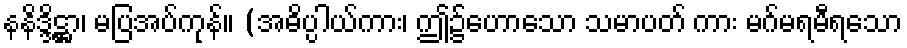
နနိဒ္ဒိဋ္ဌာ၊ မပြအပ်ကုန်။ (အဓိပ္ပါယ်ကား၊ ဤ၌ဟောသော သမာပတ် ကား မဂ်မရမီရသော